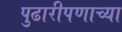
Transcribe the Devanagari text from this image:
पुढारीपणाच्या